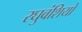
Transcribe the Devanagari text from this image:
रघुवंशियो